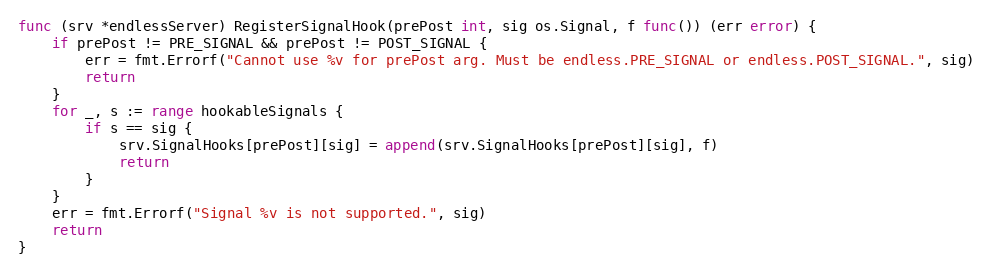
Language: Go
func (srv *endlessServer) RegisterSignalHook(prePost int, sig os.Signal, f func()) (err error) {
	if prePost != PRE_SIGNAL && prePost != POST_SIGNAL {
		err = fmt.Errorf("Cannot use %v for prePost arg. Must be endless.PRE_SIGNAL or endless.POST_SIGNAL.", sig)
		return
	}
	for _, s := range hookableSignals {
		if s == sig {
			srv.SignalHooks[prePost][sig] = append(srv.SignalHooks[prePost][sig], f)
			return
		}
	}
	err = fmt.Errorf("Signal %v is not supported.", sig)
	return
}